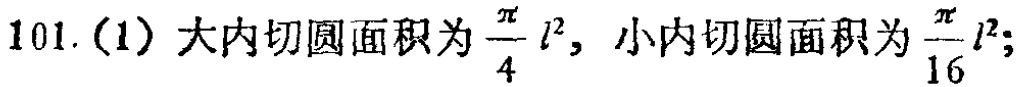
101.(1) 大内切圆面积为 $\frac{\pi}{4}l^{2}$，小内切圆面积为 $\frac{\pi}{16}l^{2}$;